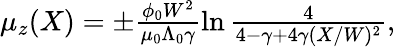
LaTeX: \begin{array}{r}{\mu_{z}(X)=\pm\frac{\phi_{0}W^{2}}{\mu_{0}\Lambda_{0}\gamma}\ln\frac{4}{4-\gamma+4\gamma(X/W)^{2}},}\end{array}